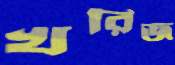
খরিজ